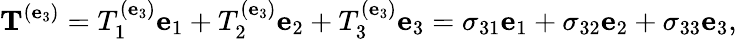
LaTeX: \mathbf{T}^{(\mathbf{e}_{3})}=T_{1}^{(\mathbf{e}_{3})}\mathbf{e}_{1}+T_{2}^{(\mathbf{e}_{3})}\mathbf{e}_{2}+T_{3}^{(\mathbf{e}_{3})}\mathbf{e}_{3}=\sigma_{31}\mathbf{e}_{1}+\sigma_{32}\mathbf{e}_{2}+\sigma_{33}\mathbf{e}_{3},